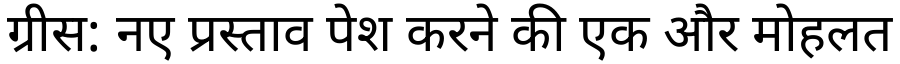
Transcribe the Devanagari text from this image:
ग्रीस: नए प्रस्ताव पेश करने की एक और मोहलत